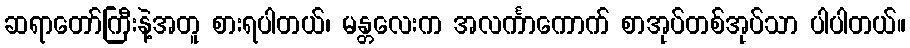
ဆရာတော်ကြီးနဲ့အတူ စားရပါတယ်၊ မန္တလေးက အလင်္ကာကောက် စာအုပ်တစ်အုပ်သာ ပါပါတယ်။